Scottish Leaving Certificate Examination, 1953
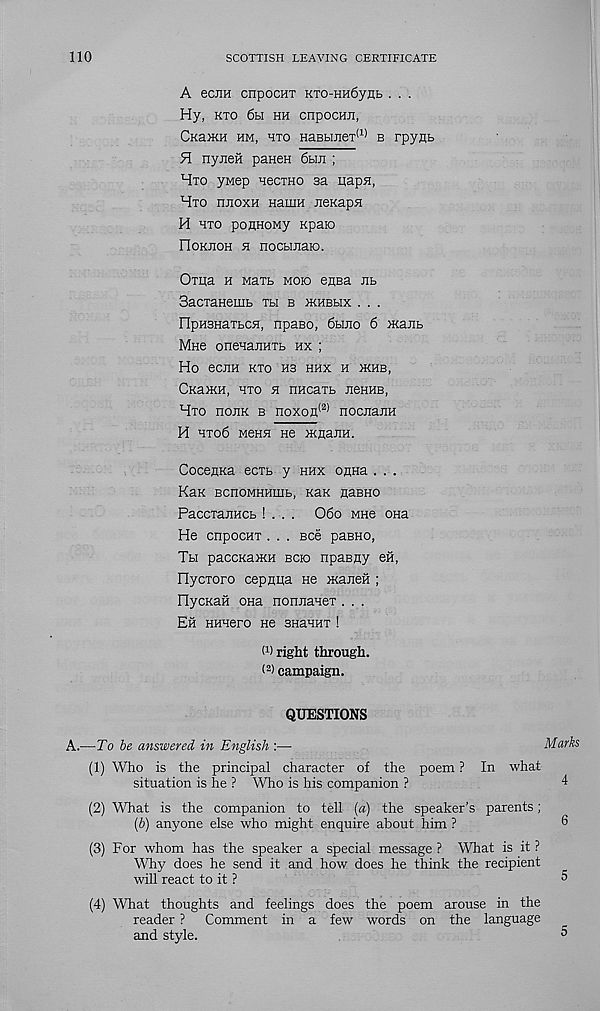
110
SCOTTISH LEAVING CERTIFICATE
A eciiH cnpocHT KTO-HH6ynb . . .
Hy, kto 6h hh cnpocHii,
Ckhikh hm, hto HaBHiieT (1) b rpyflb
H nyiieH paneH 6hji ;
Hto ywep HecxHO sa iiapn,
Hto hiioxh HauiH Eeicapfl
H hto poiiHOMy Kpaio
FIokjioh 51 nocbinaio.
Oma h MaTb moio eHBa Jib
SacxaHemb th b ikhbhx . . .
npH3HaTbC5i, npaeo, 6bmo 6 maiib
Mae onenajiHTb hx ;
Ho eCRH KTO H3 HHX H IKHB,
CKaiKH, HTO 51 IIHCaTb JieHHB,
Hto nonK b noxon l2) nocjiaiiH
H HTo6 M6H5I He IKflailH.
CocejiKa ecTb y hhx onHa . . .
KaK BCnOMHHIHb, KaK HaBHO
PaccxaiiHCb ! . . . 06o mho ona
He cnpocHT . . . Bee pasno,
Th paccKaiKH bcio npaBHy eii,
HycToro cepnua He manevi ;
HycKaii ona nonjianeT . . .
Eh HHHero He snaHHT !
(i) right through.
< 2 ) campaign.
QUESTIONS
A.—To be answered in English :—
Marks
(1) Who is the principal character of the poem ? In what
situation is he ? Who is his companion ?
(2) What is the companion to tell (a) the speaker’s parents;
(b) anyone else who might enquire about him ?
(3) For whom has the speaker a special message ? What is it ?
Why does he send it and how does he think the recipient
will react to it ?
(4) What thoughts and feelings does the poem arouse in the
reader ? Comment in a few words on the language
and style.
5